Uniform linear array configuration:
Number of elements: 64
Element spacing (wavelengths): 1
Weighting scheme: blackman
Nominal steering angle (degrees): -30
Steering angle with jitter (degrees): -31.061
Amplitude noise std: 0.05
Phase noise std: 0.05

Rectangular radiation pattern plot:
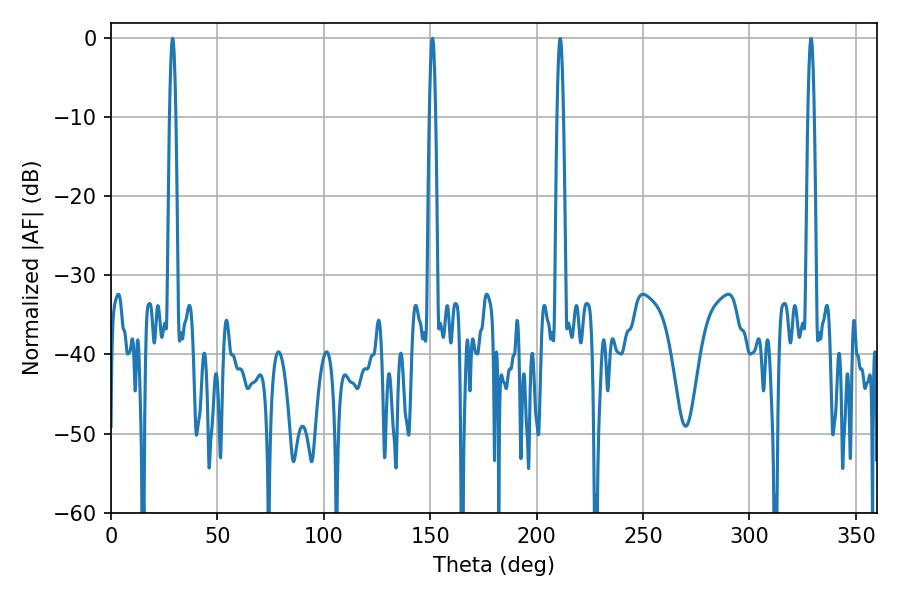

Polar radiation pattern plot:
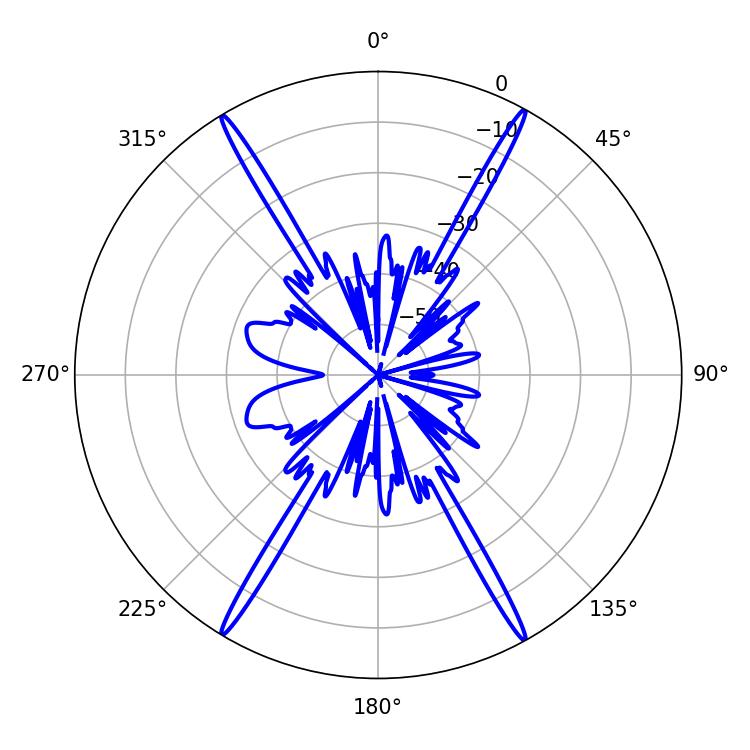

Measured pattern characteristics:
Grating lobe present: TRUE
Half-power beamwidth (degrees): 1.44
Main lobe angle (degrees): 151.02